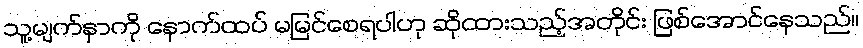
သူ့မျက်နှာကို နောက်ထပ် မမြင်စေရပါဟု ဆိုထားသည့်အတိုင်း ဖြစ်အောင်နေသည်။